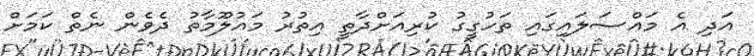
އަދި އެ މައްސަލައިގައި ތަހުގީގު ކުރިއަށްދާތީ އިތުރު މައުލޫމާތު ދެވެން ނެތް ކަމަށް